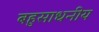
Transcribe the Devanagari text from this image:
बहुसाधनीय